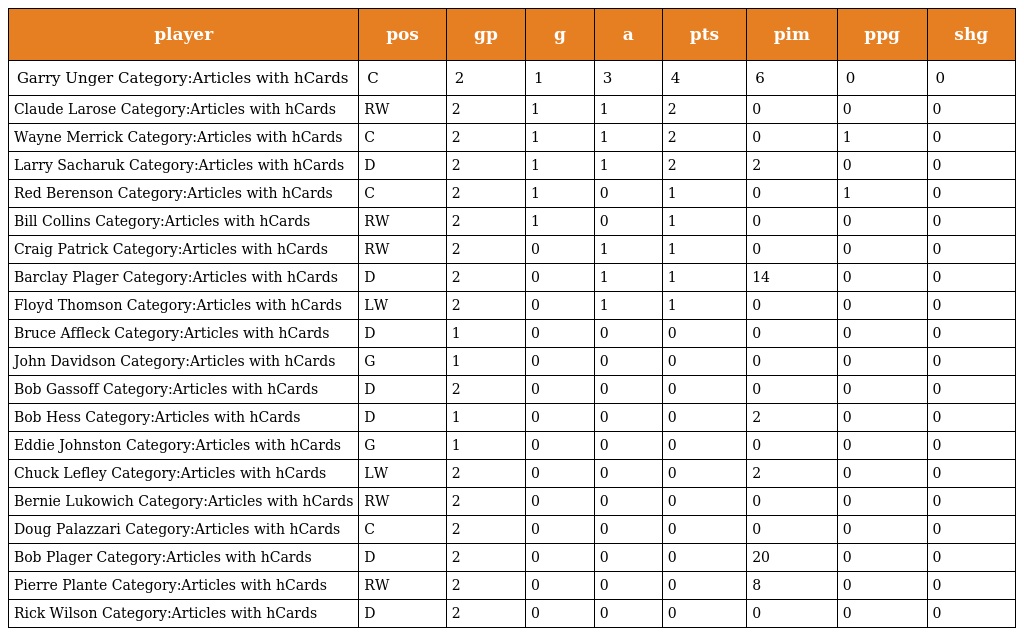
| player | pos | gp | g | a | pts | pim | ppg | shg |
 | --- | --- | --- | --- | --- | --- | --- | --- | --- |
 | Garry Unger Category:Articles with hCards | C | 2 | 1 | 3 | 4 | 6 | 0 | 0 |
 | Claude Larose Category:Articles with hCards | RW | 2 | 1 | 1 | 2 | 0 | 0 | 0 |
 | Wayne Merrick Category:Articles with hCards | C | 2 | 1 | 1 | 2 | 0 | 1 | 0 |
 | Larry Sacharuk Category:Articles with hCards | D | 2 | 1 | 1 | 2 | 2 | 0 | 0 |
 | Red Berenson Category:Articles with hCards | C | 2 | 1 | 0 | 1 | 0 | 1 | 0 |
 | Bill Collins Category:Articles with hCards | RW | 2 | 1 | 0 | 1 | 0 | 0 | 0 |
 | Craig Patrick Category:Articles with hCards | RW | 2 | 0 | 1 | 1 | 0 | 0 | 0 |
 | Barclay Plager Category:Articles with hCards | D | 2 | 0 | 1 | 1 | 14 | 0 | 0 |
 | Floyd Thomson Category:Articles with hCards | LW | 2 | 0 | 1 | 1 | 0 | 0 | 0 |
 | Bruce Affleck Category:Articles with hCards | D | 1 | 0 | 0 | 0 | 0 | 0 | 0 |
 | John Davidson Category:Articles with hCards | G | 1 | 0 | 0 | 0 | 0 | 0 | 0 |
 | Bob Gassoff Category:Articles with hCards | D | 2 | 0 | 0 | 0 | 0 | 0 | 0 |
 | Bob Hess Category:Articles with hCards | D | 1 | 0 | 0 | 0 | 2 | 0 | 0 |
 | Eddie Johnston Category:Articles with hCards | G | 1 | 0 | 0 | 0 | 0 | 0 | 0 |
 | Chuck Lefley Category:Articles with hCards | LW | 2 | 0 | 0 | 0 | 2 | 0 | 0 |
 | Bernie Lukowich Category:Articles with hCards | RW | 2 | 0 | 0 | 0 | 0 | 0 | 0 |
 | Doug Palazzari Category:Articles with hCards | C | 2 | 0 | 0 | 0 | 0 | 0 | 0 |
 | Bob Plager Category:Articles with hCards | D | 2 | 0 | 0 | 0 | 20 | 0 | 0 |
 | Pierre Plante Category:Articles with hCards | RW | 2 | 0 | 0 | 0 | 8 | 0 | 0 |
 | Rick Wilson Category:Articles with hCards | D | 2 | 0 | 0 | 0 | 0 | 0 | 0 |